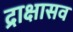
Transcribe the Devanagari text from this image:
द्राक्षासव